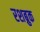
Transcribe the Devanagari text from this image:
रशब्रुक